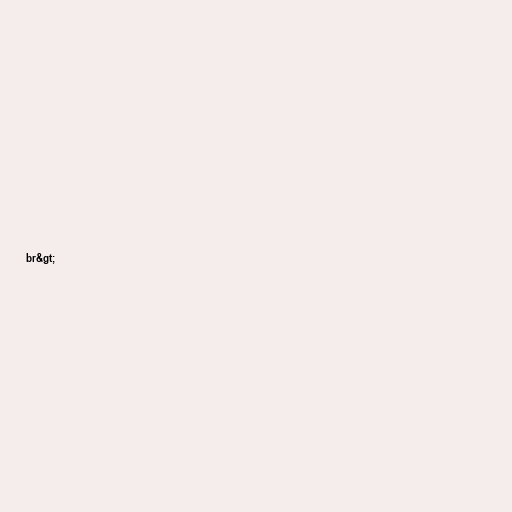
br&gt;